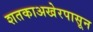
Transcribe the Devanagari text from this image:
शतकाअखेरपासून